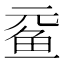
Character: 𲍉